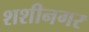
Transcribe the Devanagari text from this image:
शशीनगर